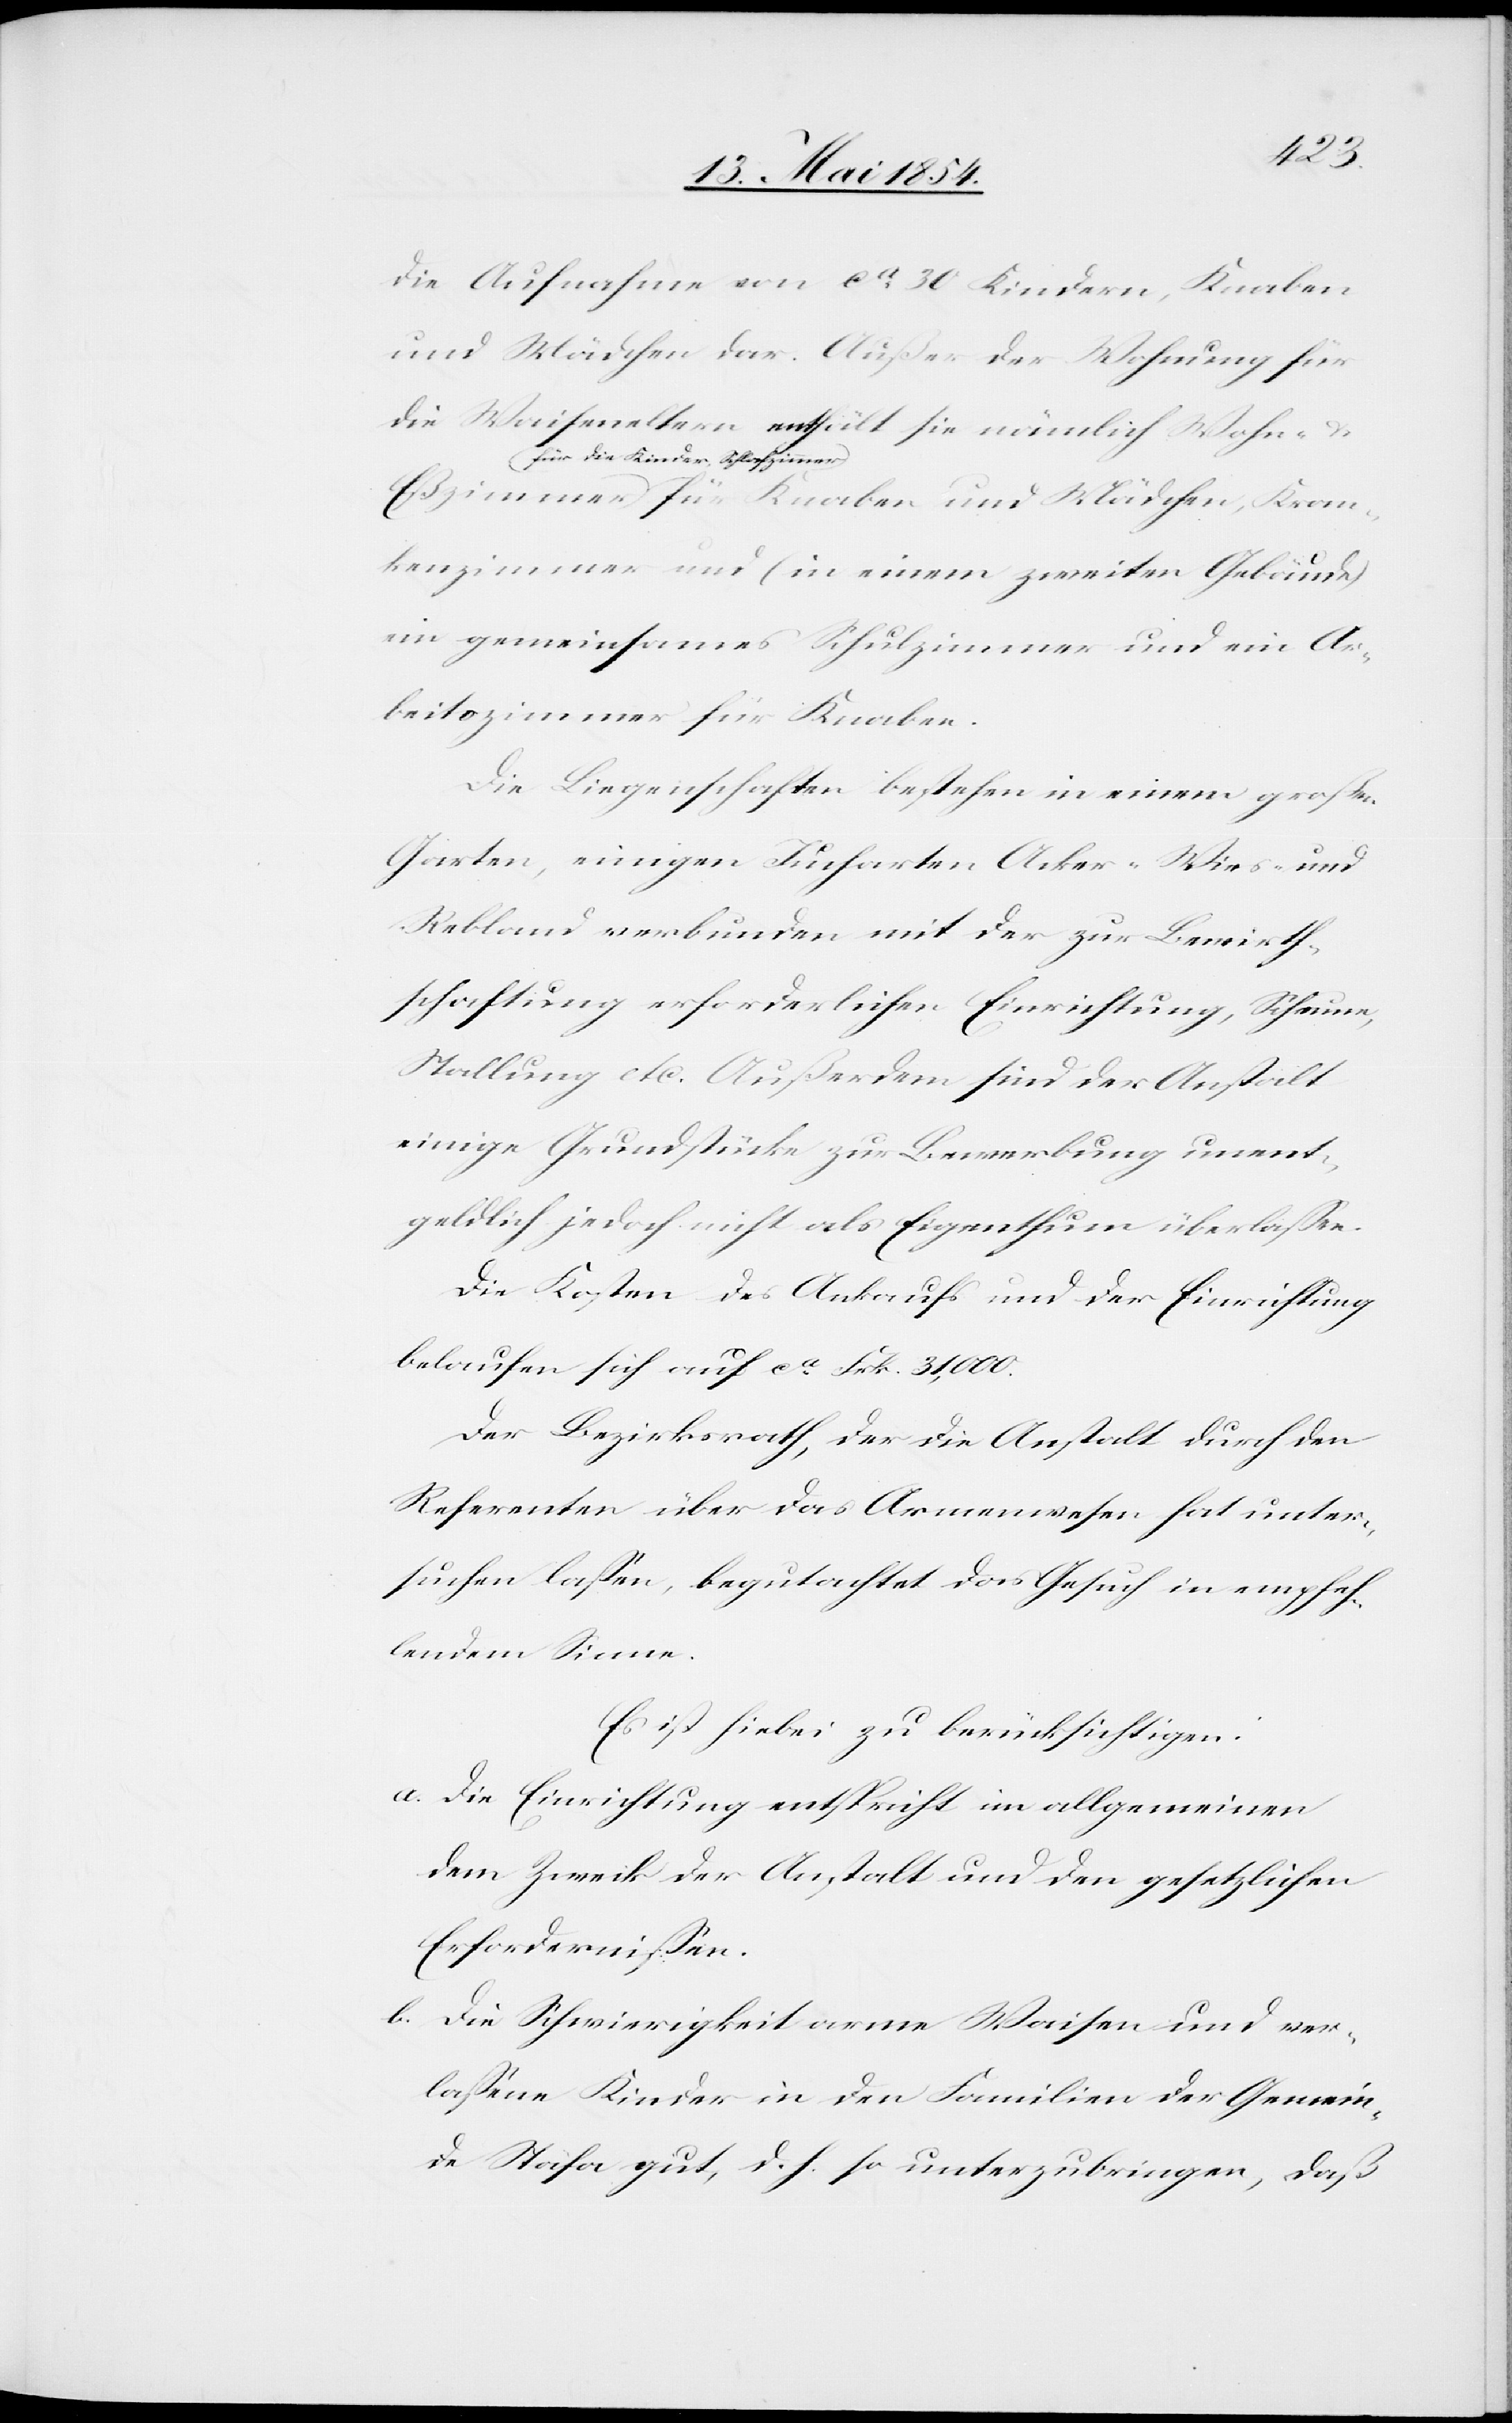
die Aufnahme von ca 30 Kindern, Knaben
und Mädchen dar. Außer der Wohnung für
die Waiseneltern enthält sie nämlich Wohn- u.
a-für die Kinder, Schlaf¬
zimmer-a für Knaben und Mädchen, Kran¬
kenzimmer und (in einem zweiten Gebäude)
ein gemeinsames Schulzimmer und ein Ar¬
beitszimmer für Knaben.
Die Liegenschaften bestehen in einem großen
Garten, einigen Jucharten Acker-[,] Wies- und
Rebland verbunden mit der zur Bewirth¬
schaftung erforderlichen Einrichtung, Scheune,
Stallung etc. Außerdem sind der Anstalt
einige Grundstücke zur Bewerbung unent¬
geldlich jedoch nicht als Eigenthum überlaßen.
Die Kosten des Ankaufs und der Einrichtung
belaufen sich auf ca Frk. 31,000.
Der Bezirksrath, der die Anstalt durch den
Referenten über das Armenwesen hat unter¬
suchen laßen, begutachtet das Gesuch in empfeh¬
lendem Sinne.
Es ist hiebei zu berücksichtigen:
a. Die Einrichtung entspricht im allgemeinen
dem Zweck der Anstalt und den gesetzlichen
Erfordernißen.
b. Die Schwierigkeit arme Waisen und ver¬
laßene Kinder in den Familien der Gemein¬
de Stäfa gut, d. h. so unterzubringen, daß